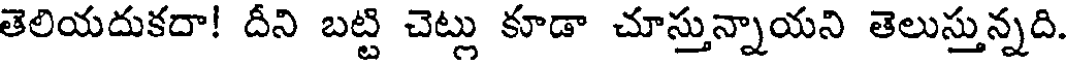
తెలియదుకదా! దీని బట్టి చెట్లు కూడా చూస్తున్నాయని తెలుస్తున్నది.